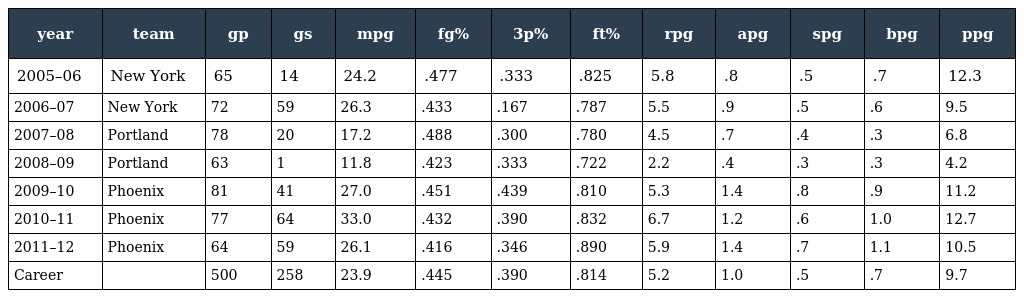
| year | team | gp | gs | mpg | fg% | 3p% | ft% | rpg | apg | spg | bpg | ppg |
 | --- | --- | --- | --- | --- | --- | --- | --- | --- | --- | --- | --- | --- |
 | 2005–06 | New York | 65 | 14 | 24.2 | .477 | .333 | .825 | 5.8 | .8 | .5 | .7 | 12.3 |
 | 2006–07 | New York | 72 | 59 | 26.3 | .433 | .167 | .787 | 5.5 | .9 | .5 | .6 | 9.5 |
 | 2007–08 | Portland | 78 | 20 | 17.2 | .488 | .300 | .780 | 4.5 | .7 | .4 | .3 | 6.8 |
 | 2008–09 | Portland | 63 | 1 | 11.8 | .423 | .333 | .722 | 2.2 | .4 | .3 | .3 | 4.2 |
 | 2009–10 | Phoenix | 81 | 41 | 27.0 | .451 | .439 | .810 | 5.3 | 1.4 | .8 | .9 | 11.2 |
 | 2010–11 | Phoenix | 77 | 64 | 33.0 | .432 | .390 | .832 | 6.7 | 1.2 | .6 | 1.0 | 12.7 |
 | 2011–12 | Phoenix | 64 | 59 | 26.1 | .416 | .346 | .890 | 5.9 | 1.4 | .7 | 1.1 | 10.5 |
 | Career |  | 500 | 258 | 23.9 | .445 | .390 | .814 | 5.2 | 1.0 | .5 | .7 | 9.7 |